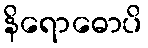
နိရောဓောပိ